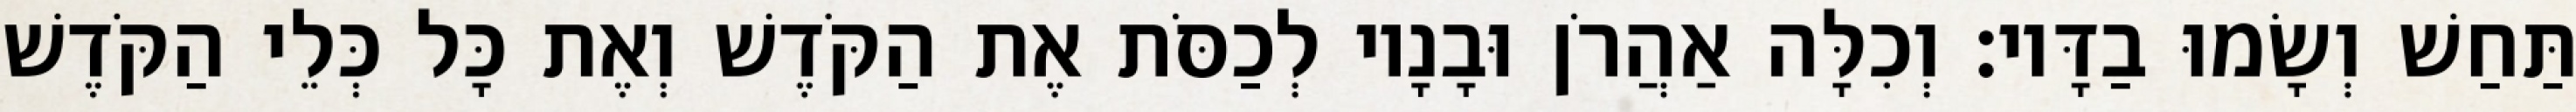
תַּחַשׁ וְשָׂמוּ בַדָּיו׃ וְכִלָּה אַהֲרֹן וּבָנָיו לְכַסֹּת אֶת הַקֹּדֶשׁ וְאֶת כָּל כְּלֵי הַקֹּדֶשׁ